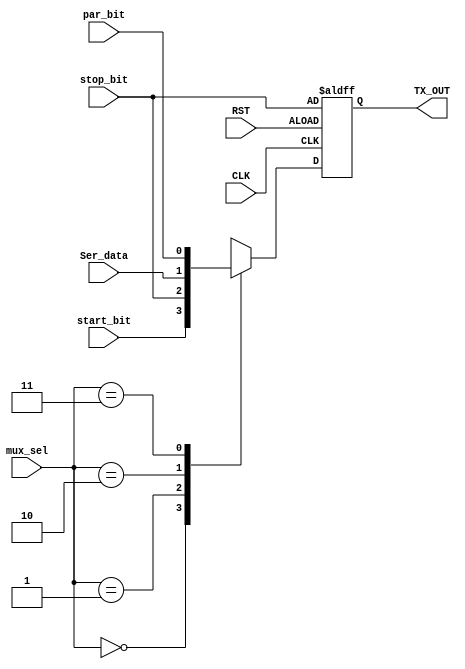
module mux
  (
  input wire [1:0] mux_sel,
  input wire start_bit,
  input wire stop_bit,
  input wire Ser_data,
  input wire par_bit,
  input wire CLK,
  input wire RST,
  output reg TX_OUT
  );
  reg mux_out;
always@(*)
begin
  case (mux_sel)
    2'b00: mux_out = start_bit;
    2'b01: mux_out = stop_bit;
    2'b10: mux_out = Ser_data;
    2'b11: mux_out = par_bit;
  endcase
end
always@(posedge CLK or negedge RST)
begin
  if(!RST)
    TX_OUT <= stop_bit;
  else TX_OUT <= mux_out;
end

endmodule